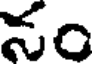
సం